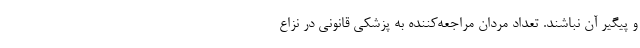
و پیگیر آن نباشند. تعداد مردان مراجعه‌كننده به پزشکی قانونی در نزاع